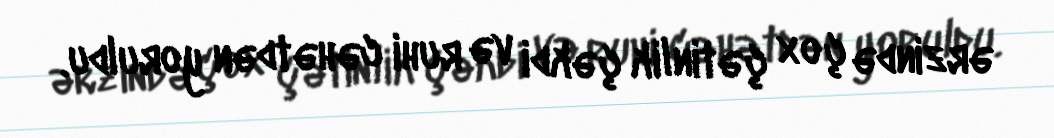
ərzində çox çətinlik çəkdi və ruhi cəhətdən yoruldu.